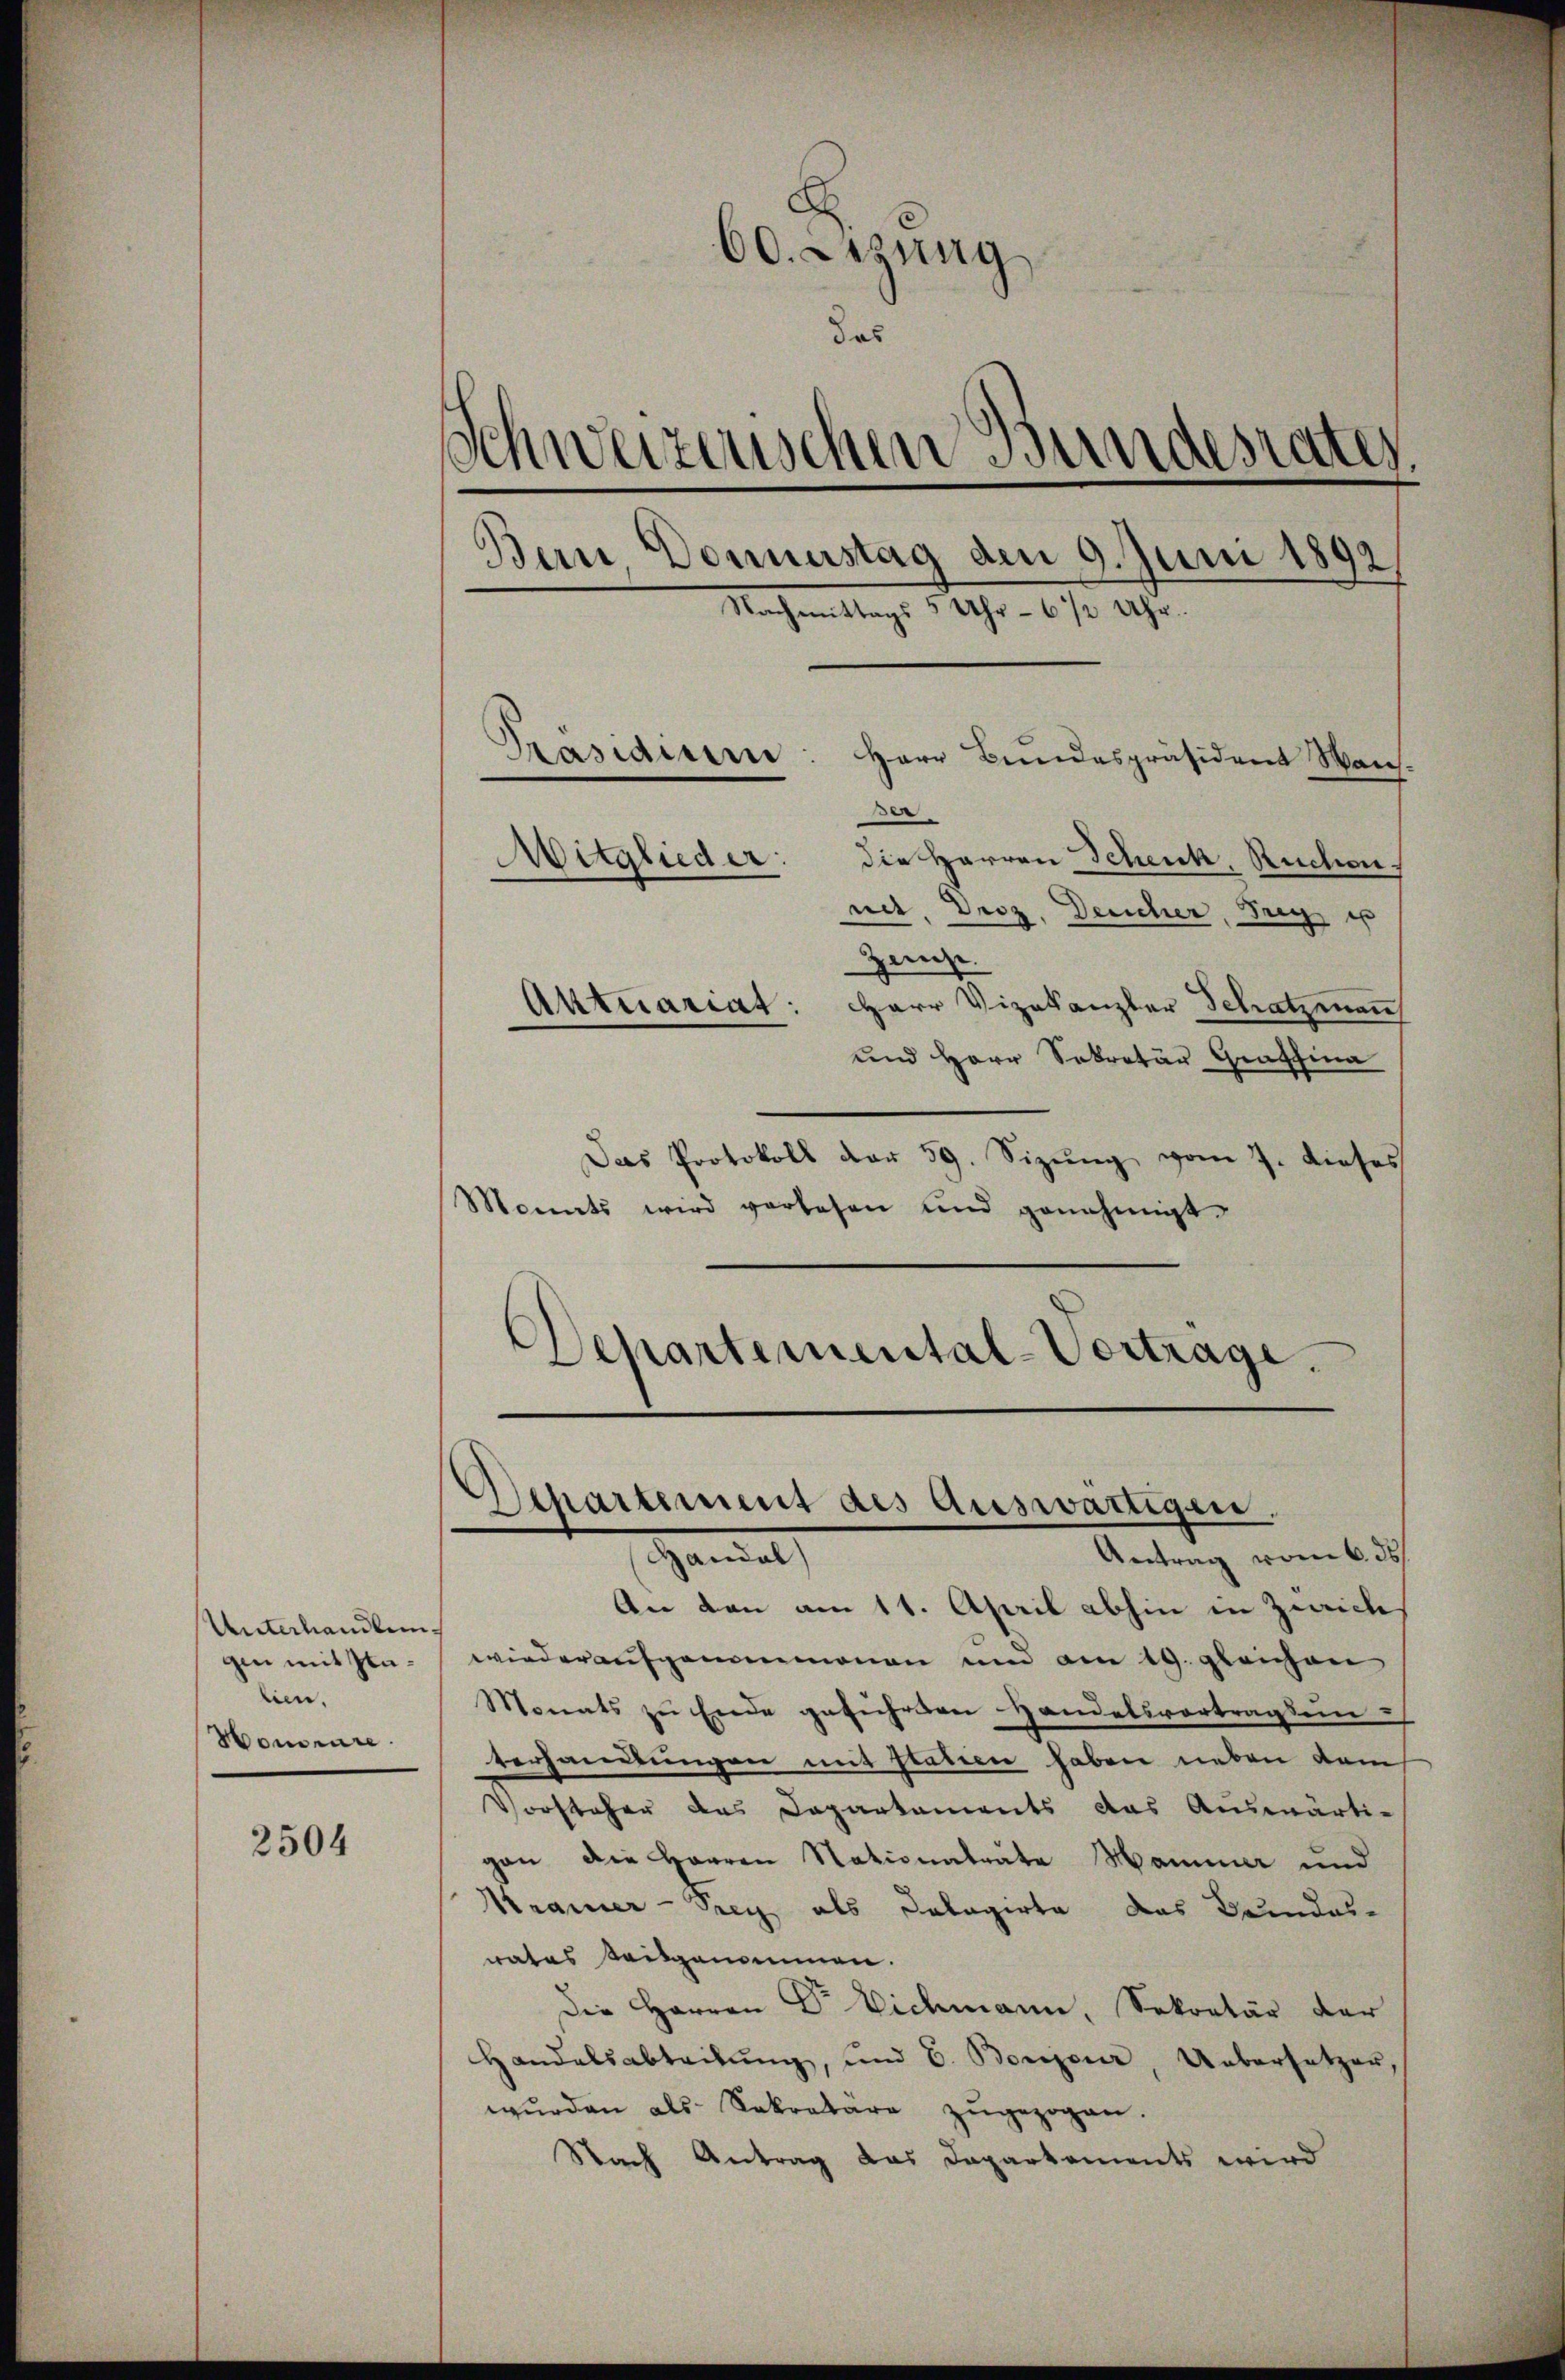
Unterhandlung
gin mit Zulien.
Honorire.

2504

60. Lesung
das
Schweizenschen Bundesraten
Bern Donnestag den 9. Juni 1892
Nachmittags 3 Uhr - 6 1/2 Uhr.
Präsidium

.
Mitglieder: die Herren Schenk, Ruchennet. Droz. Deucher, Frey es
Zeise.
Aktuariat: Herr Vizekanzler Schatzmann
und Herr Sekretär Graffina
Das Protokoll dar 59. Sizŭng vom 7. dieses
Monats wird vorlesen und genehmigt.

Herr Bundespräsident aus¬

Departemental-Verträge.

Departement des Auswärtigen,

Antrag vom 6. ds
Ganel
An den am 11. April abhin in Zürich
wiederaufgenommenen und am 19. gleichen
Monats zu Ende geführten Handelsvortragsen
terhandlungen mit Italien haben neben dem
Vorsteher des Departements das Auswärti-
gan die Herren Nationalräte Mammer und
Krainer-Trey als Dolagirte das Bundes-
nates seitgenommen.
Die Herren Dr. Vichmann, Sekretär der
Handelsabteilŭng, und C. Bonjeur, Uebersetzer,
wurden als Sekretäre zugezogen.
Nach Antrag das Dapartements wird